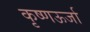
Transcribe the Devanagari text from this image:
कृष्णऊर्जा